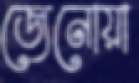
জেনোয়া